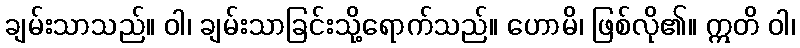
ချမ်းသာသည်။ ဝါ၊ ချမ်းသာခြင်းသို့ရောက်သည်။ ဟောမိ၊ ဖြစ်လို၏။ ဣတိ ဝါ၊